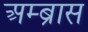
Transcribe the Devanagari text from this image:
अम्ब्रास